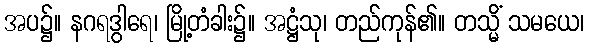
အပ၌။ နဂရဒွါရေ၊ မြို့တံခါး၌။ အဋ္ဌံသု၊ တည်ကုန်၏။ တသ္မိံ သမယေ၊